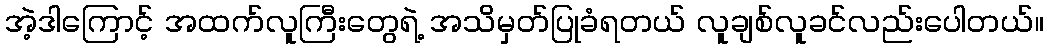
အဲ့ဒါကြောင့် အထက်လူကြီးတွေရဲ့ အသိမှတ်ပြုခံရတယ် လူချစ်လူခင်လည်းပေါတယ်။